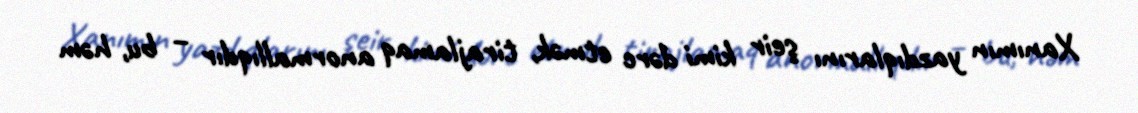
Xanımın yazdıqlarını şeir kimi dərc etmək, tirajlamaq anormallıqdır – bu, həm